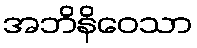
အဘိနိဝေသာ